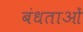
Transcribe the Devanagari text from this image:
बंधताओं